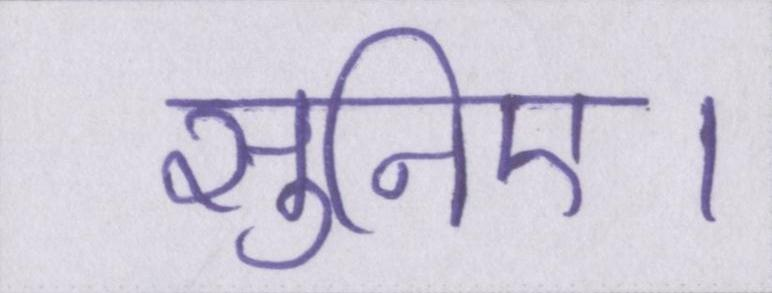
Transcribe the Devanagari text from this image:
सुनिए।